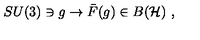
S U ( 3 ) \ni g \rightarrow { \bar { F } } ( g ) \in B ( { \cal H } ) \ ,